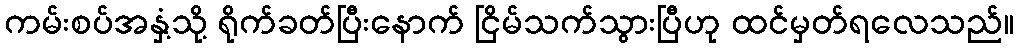
ကမ်းစပ်အနှံ့သို့ ရိုက်ခတ်ပြီးနောက် ငြိမ်သက်သွားပြီဟု ထင်မှတ်ရလေသည်။